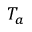
T _ { a }